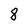
Character: 8